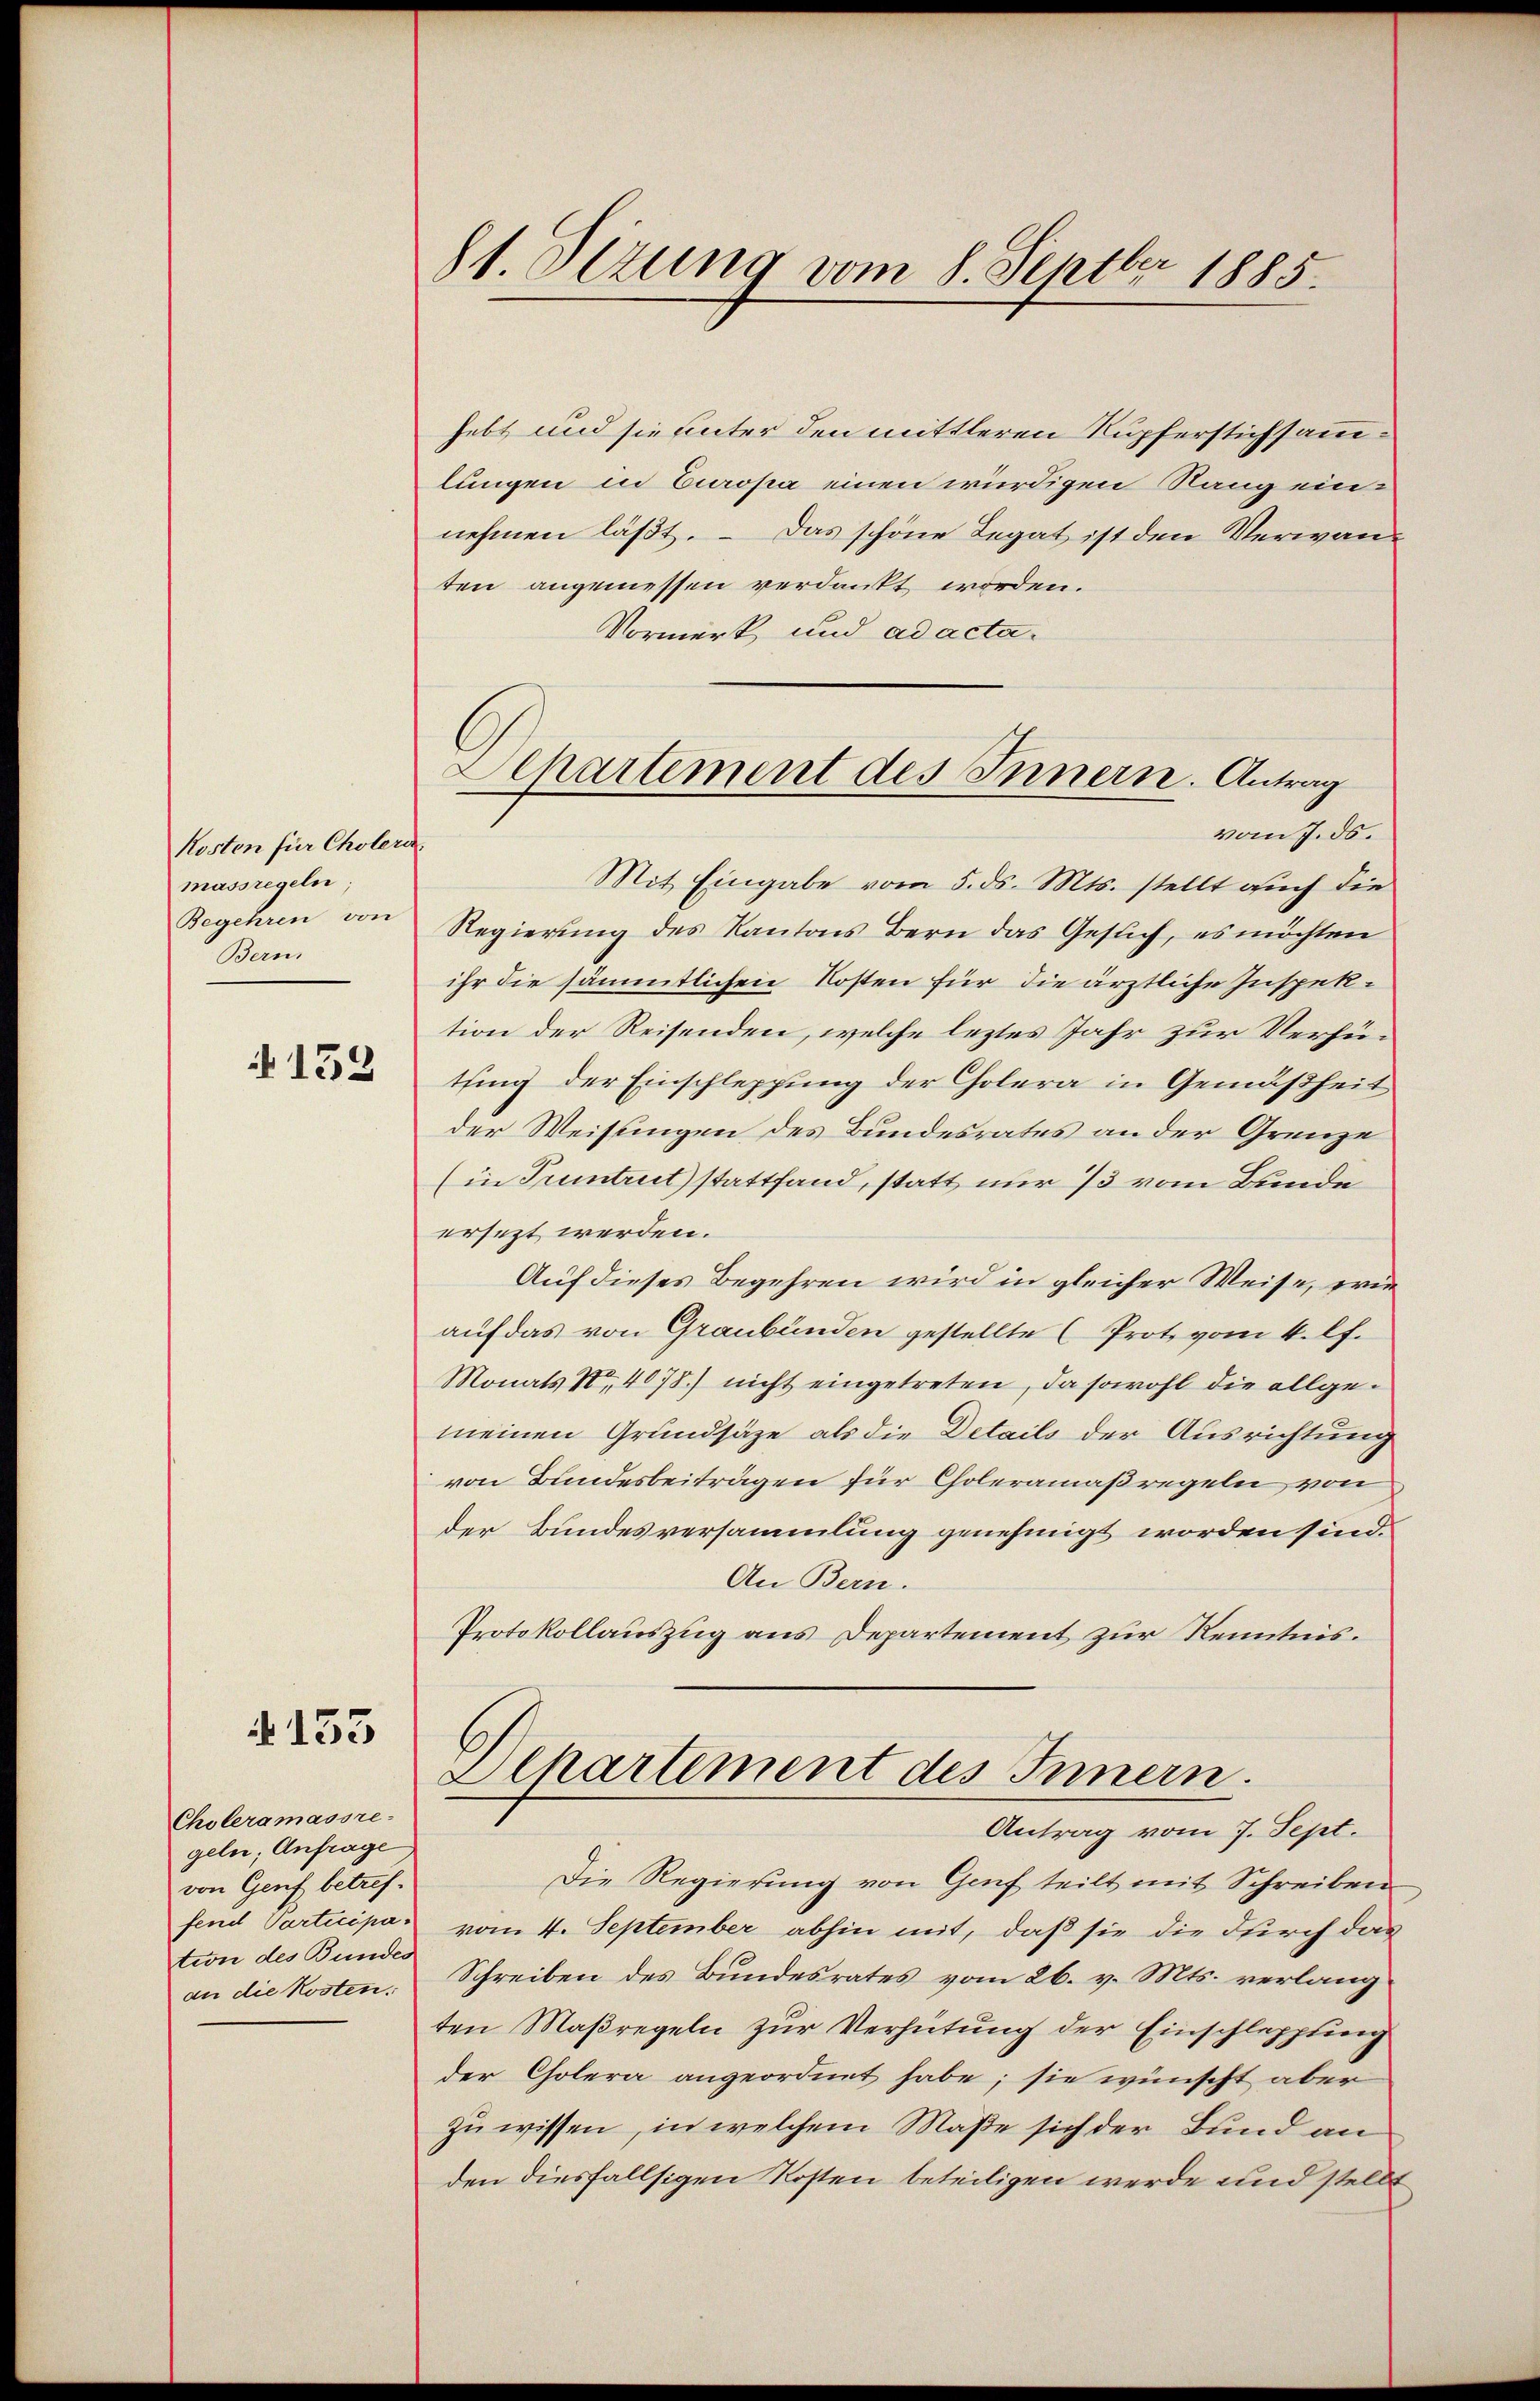
Kosten für Cholera
massregeln.
Begehren von
Bern

133

4133

Choleramassre
geln; Anfrage
von Genf betreffend Participation des Bundes
an die Kosten.

81. Dezung vom 8. Septbr 1885.

Apartement des Innern. Antrag
vom 7. ds.

hebt und sie unter den mittleren Kupferstichsammlungen in Europa einen würdigen Rang einnehmen läßt. – Das schöne Legat ist den Verwanten angemessen verdankt worden.
Vormerk und ad acta¬
Mit Eingabe vom 5. ds. Mts. stellt auch die
Regierung des Kantons Bern das Gesuch, es möchten
ihr die sämmtlichen Kosten für die ärztliche Inspektion der Reisenden, welche leztes Jahr zur Verhüthing der Einschleppung der Cholera in Gemäßheit
der Weisungen des Bundesrates an der Grenze
(in Pruntrut) stattfand, statt nur 13 vom Bunde
ersezt werden.
Auf dieses Begehren wird in gleicher Weise, wie
auf das von Graubünden gestellte (Prot vom 4. lf.
Monats No 4078) nicht eingetreten, da sowohl die allgemeinen Grundsäze als die Details der Ausrichtung
von Bundesbeitragen für Choleramaßregeln von
der Bundesversammlung genehmigt worden sind.
An Bern.
Protokollauszug aus Departement zur Kenntnis.
Alkartement des Innern.
Antrag vom 7. Sept.
Die Regierung von Genf teilt mit Schreiben
vom 4. September abhin mit, daß sie die durch das
Schreiben des Bundesrates vom 26. v. Mts. verlangten Maßregeln zur Verhütung der Einschleppting
der Cholera angeordnet habe; sie wünscht aber
zu wissen, in welchem Maße sich der Bund an
den diesfallsigen Kosten beteiligen werde und stellt